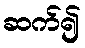
ဆက်၍